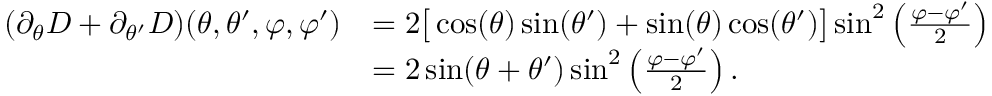
\begin{array} { r l } { ( \partial _ { \theta } D + \partial _ { \theta ^ { \prime } } D ) ( \theta , \theta ^ { \prime } , \varphi , \varphi ^ { \prime } ) } & { = 2 \big [ \cos ( \theta ) \sin ( \theta ^ { \prime } ) + \sin ( \theta ) \cos ( \theta ^ { \prime } ) \big ] \sin ^ { 2 } \left( \frac { \varphi - \varphi ^ { \prime } } { 2 } \right) } \\ & { = 2 \sin ( \theta + \theta ^ { \prime } ) \sin ^ { 2 } \left( \frac { \varphi - \varphi ^ { \prime } } { 2 } \right) . } \end{array}